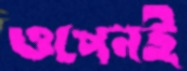
ওপেনই